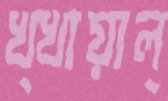
খ্খায়াল্